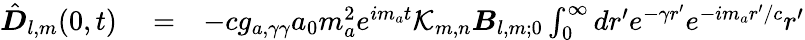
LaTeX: \begin{array}{rlr}{{\hat{\boldsymbol D}}_{l,m}(0,t)}&{{}=}&{-cg_{a,\gamma\gamma}a_{0}m_{a}^{2}e^{im_{a}t}\mathcal K_{m,n}\boldsymbol B_{l,m;0}\int_{0}^{\infty}dr^{\prime}e^{-\gamma r^{\prime}}e^{-im_{a}r^{\prime}/c}r^{\prime}}\end{array}